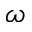
\omega